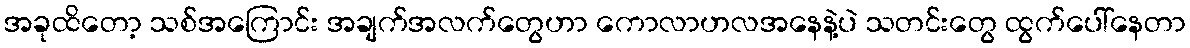
အခုထိတော့ သစ်အကြောင်း အချက်အလက်တွေဟာ ကောလာဟလအနေနဲ့ပဲ သတင်းတွေ ထွက်ပေါ်နေတာ